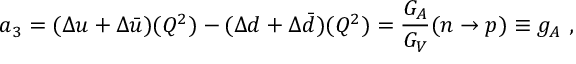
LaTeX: a _ { 3 } = ( \Delta u + \Delta \bar { u } ) ( Q ^ { 2 } ) - ( \Delta d + \Delta \bar { d } ) ( Q ^ { 2 } ) = { \frac { G _ { A } } { G _ { V } } } ( n \rightarrow p ) \equiv g _ { A } ~ ,